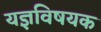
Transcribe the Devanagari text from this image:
यज्ञविषयक